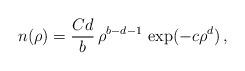
LaTeX: \begin{align*}n(\rho) = \frac{C d}{b} \, \rho^{b-d-1} \, \exp (- c \rho^{d}) \,,\end{align*}